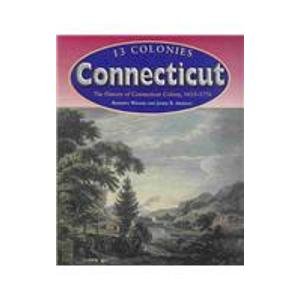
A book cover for Connecticut (13 Colonies); Roberta Wiener; Travel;